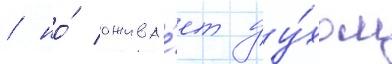
/ но́ ожива́ет ду́хом